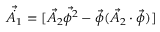
\vec { \dot { A _ { 1 } } } = [ \vec { A _ { 2 } } \vec { \phi ^ { 2 } } - \vec { \phi } ( \vec { A _ { 2 } } \cdot \vec { \phi } ) ]